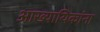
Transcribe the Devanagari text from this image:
आख्यायिकांना